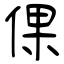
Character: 倮